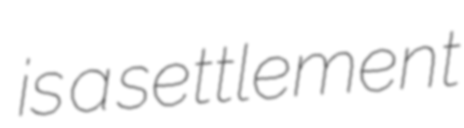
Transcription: is a settlement